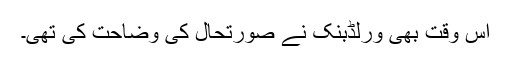
اس وقت بھی ورلڈبنک نے صورتحال کی وضاحت کی تھی۔